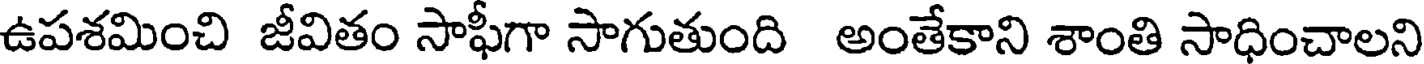
ఉపశమించి జీవితం సాఫీగా సాగుతుంది అంతేకాని శాంతి సాధించాలని